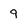
Character: 9